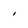
Character: i